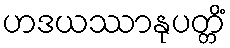
ဟဒယဿာနုပတ္တိံ